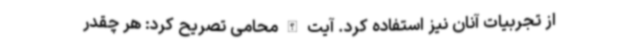
از تجربیات آنان نیز استفاده کرد. آیت الله محامی تصریح کرد: هر چقدر